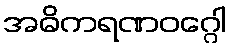
အဓိကရဏဝဂ္ဂေါ